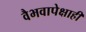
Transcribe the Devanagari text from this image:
वैभवापेक्षाही